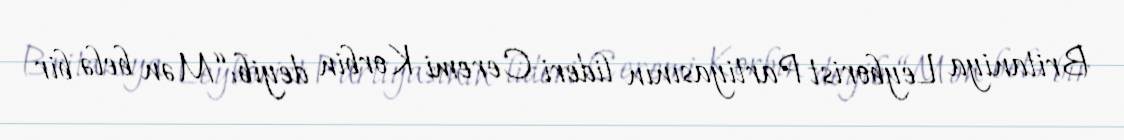
Britaniya Leyborist Partiyasının lideri Ceremi Korbin deyib: “Mən belə bir